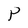
Character: Y